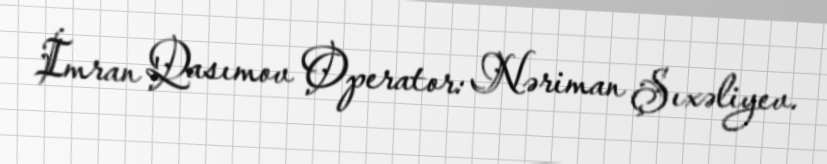
İmran Qasımov Operator: Nəriman Şıxəliyev.